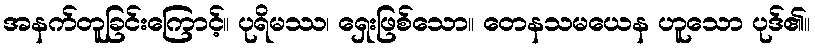
အနက်တူခြင်းကြောင့်။ ပုရိမဿ၊ ရှေးဖြစ်သော။ တေနသမယေန ဟူသော ပုဒ်၏။